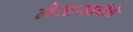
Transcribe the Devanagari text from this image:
लेव्हस्कीचे